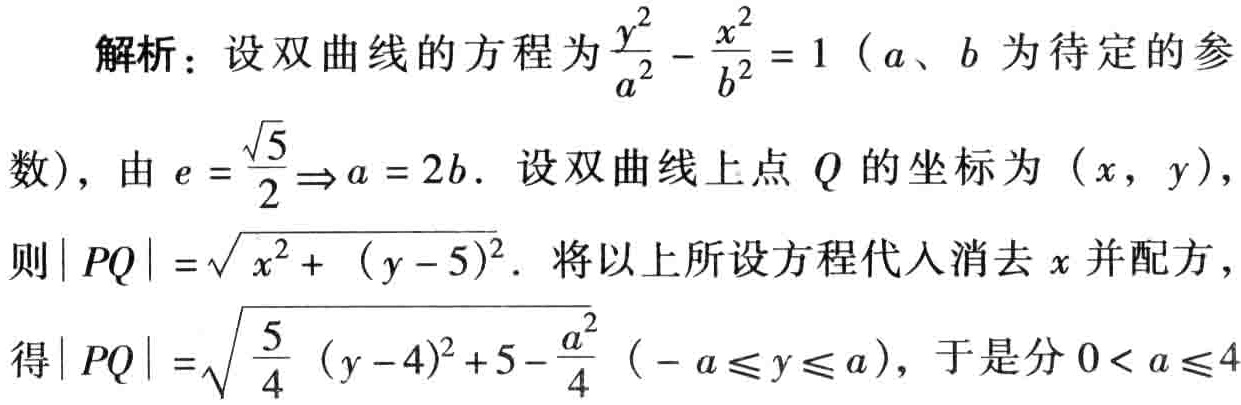
解析：设双曲线的方程为$\frac{y^{2}}{a^{2}} - \frac{x^{2}}{b^{2}} = 1$（$a$、$b$为待定的参
数），由$e = \frac{\sqrt{5}}{2}\Rightarrow a = 2b$. 设双曲线上点$Q$的坐标为$(x, y)$，
则$|PQ| = \sqrt{x^{2} + (y - 5)^{2}}$. 将以上所设方程代入消去$x$并配方，
得$|PQ| = \sqrt{\frac{5}{4}(y - 4)^{2} + 5 - \frac{a^{2}}{4}}(-a\leqslant y\leqslant a)$，于是分$0 < a\leqslant 4$